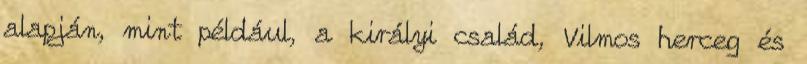
alapján, mint például, a királyi család, Vilmos herceg és